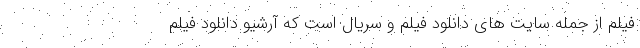
فیلم از جمله سایت های دانلود فیلم و سریال است که آرشیو دانلود فیلم